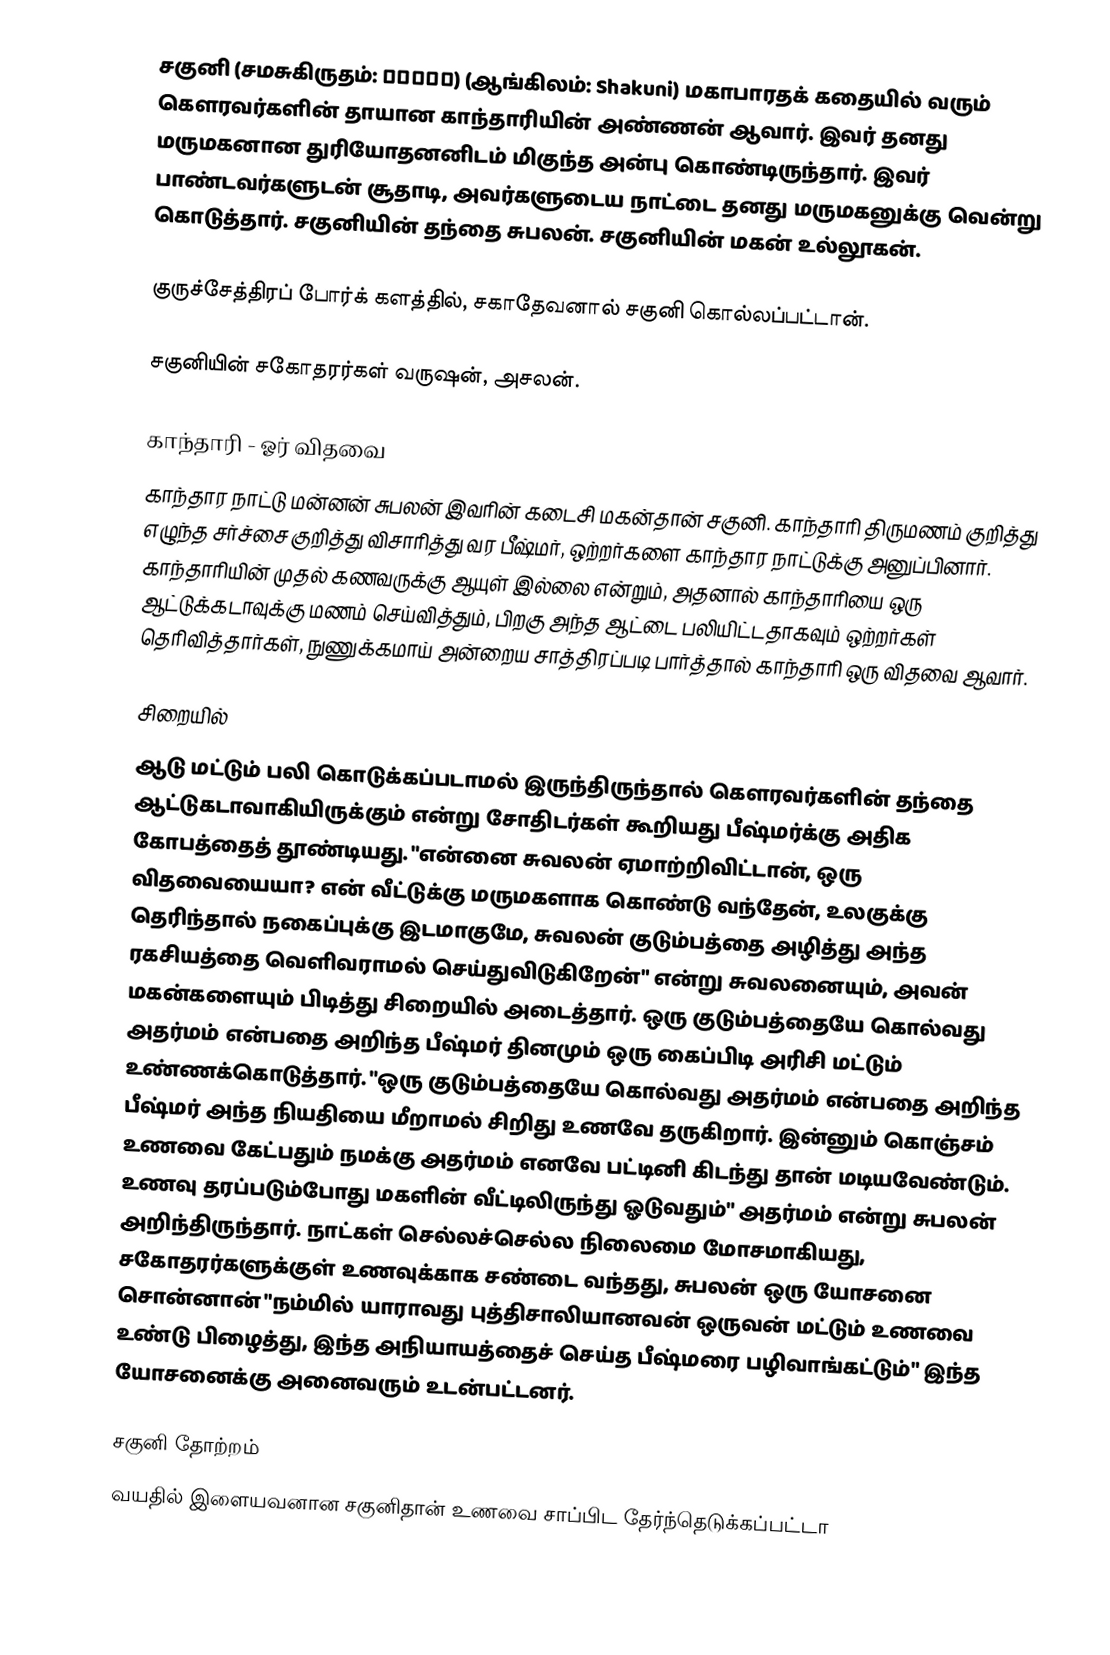
சகுனி (சமசுகிருதம்: शकुनि) (ஆங்கிலம்: Shakuni) மகாபாரதக் கதையில் வரும் கௌரவர்களின் தாயான காந்தாரியின் அண்ணன் ஆவார். இவர் தனது மருமகனான துரியோதனனிடம் மிகுந்த அன்பு கொண்டிருந்தார். இவர் பாண்டவர்களுடன் சூதாடி, அவர்களுடைய நாட்டை தனது மருமகனுக்கு வென்று கொடுத்தார். சகுனியின் தந்தை சுபலன். சகுனியின் மகன் உல்லூகன்.

குருச்சேத்திரப் போர்க் களத்தில், சகாதேவனால் சகுனி கொல்லப்பட்டான்.

சகுனியின் சகோதரர்கள் வருஷன், அசலன்.

காந்தாரி - ஓர் விதவை
காந்தார நாட்டு மன்னன் சுபலன் இவரின் கடைசி மகன்தான் சகுனி. காந்தாரி திருமணம் குறித்து எழுந்த சர்ச்சை குறித்து விசாரித்து வர பீஷ்மர், ஒற்றர்களை காந்தார நாட்டுக்கு அனுப்பினார். காந்தாரியின் முதல் கணவருக்கு ஆயுள் இல்லை என்றும், அதனால் காந்தாரியை ஒரு ஆட்டுக்கடாவுக்கு  மணம் செய்வித்தும், பிறகு அந்த ஆட்டை பலியிட்டதாகவும் ஒற்றர்கள் தெரிவித்தார்கள், நுணுக்கமாய் அன்றைய சாத்திரப்படி பார்த்தால் காந்தாரி ஒரு விதவை ஆவார்.

சிறையில்
ஆடு மட்டும் பலி கொடுக்கப்படாமல் இருந்திருந்தால் கௌரவர்களின் தந்தை ஆட்டுகடாவாகியிருக்கும் என்று சோதிடர்கள் கூறியது பீஷ்மர்க்கு அதிக கோபத்தைத் தூண்டியது. "என்னை சுவலன் ஏமாற்றிவிட்டான், ஒரு விதவையையா? என் வீட்டுக்கு மருமகளாக கொண்டு வந்தேன், உலகுக்கு தெரிந்தால் நகைப்புக்கு இடமாகுமே, சுவலன் குடும்பத்தை அழித்து அந்த ரகசியத்தை வெளிவராமல் செய்துவிடுகிறேன்" என்று சுவலனையும், அவன் மகன்களையும் பிடித்து சிறையில் அடைத்தார். ஒரு குடும்பத்தையே கொல்வது அதர்மம் என்பதை அறிந்த பீஷ்மர் தினமும் ஒரு கைப்பிடி அரிசி மட்டும் உண்ணக்கொடுத்தார். "ஒரு குடும்பத்தையே கொல்வது அதர்மம் என்பதை அறிந்த பீஷ்மர் அந்த நியதியை மீறாமல் சிறிது உணவே தருகிறார். இன்னும் கொஞ்சம் உணவை கேட்பதும் நமக்கு அதர்மம் எனவே பட்டினி கிடந்து தான் மடியவேண்டும். உணவு தரப்படும்போது மகளின் வீட்டிலிருந்து ஓடுவதும்" அதர்மம் என்று சுபலன் அறிந்திருந்தார். நாட்கள் செல்லச்செல்ல நிலைமை மோசமாகியது, சகோதரர்களுக்குள் உணவுக்காக சண்டை வந்தது, சுபலன் ஒரு யோசனை சொன்னான் "நம்மில் யாராவது புத்திசாலியானவன் ஒருவன் மட்டும் உணவை உண்டு பிழைத்து, இந்த அநியாயத்தைச் செய்த பீஷ்மரை பழிவாங்கட்டும்" இந்த யோசனைக்கு அனைவரும் உடன்பட்டனர்.

சகுனி தோற்றம்
வயதில் இளையவனான சகுனிதான் உணவை சாப்பிட தேர்ந்தெடுக்கப்பட்டா